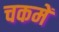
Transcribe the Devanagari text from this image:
चकमें